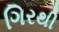
ગિરથી